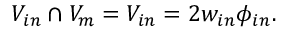
V _ { i n } \cap V _ { m } = V _ { i n } = 2 w _ { i n } \phi _ { i n } .